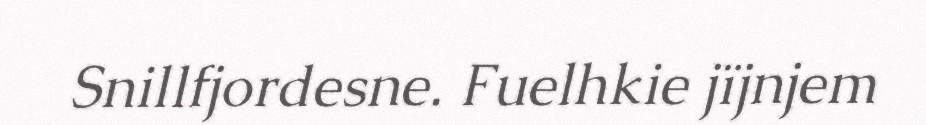
Snillfjordesne. Fuelhkie jïjnjem